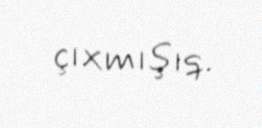
çıxmışıq.